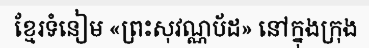
ខ្មែរទំនៀម «ព្រះសុវណ្ណប័ដ» នៅក្នុងក្រុង